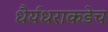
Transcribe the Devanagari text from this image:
धैर्यधराकडेच